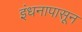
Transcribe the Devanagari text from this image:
इंधनापासून